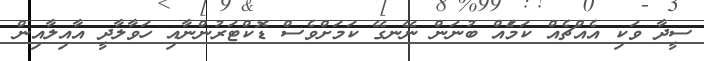
ސީދާ ވަކި އެއްޗެއް ކަމަެއް ބުނަން ނޭނގޭ ކަމަށްވެސް ޑޮކްޓަރުންނާއި ހަވާލާދީ އާއިލާއިން